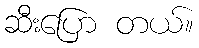
ဆီးပြော တယ်။